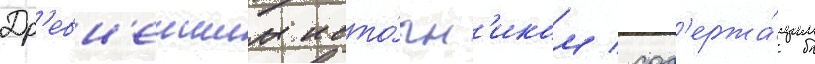
Др'евн'еишим исто́чн'иком / сод'ержа́щим